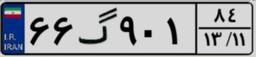
۶۶گ۹۰۱۸۴